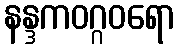
နန္ဒကဝဂ္ဂဝရော